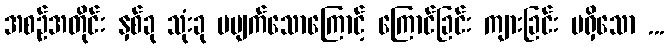
အစဉ်အတိုင်း နှစ်ခု သုံးခု မပျက်သောကြောင့် ကြောင်ခြင်း ကျားခြင်း မရှိသော ...